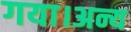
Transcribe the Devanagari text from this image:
गया।अन्य